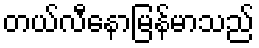
တယ်လီနောမြန်မာသည်